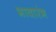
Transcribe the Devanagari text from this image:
भावारंभ